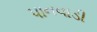
પાનવાડી